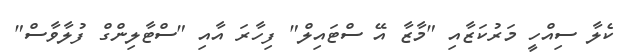
ކެލާ ސިއްހީ މަރުކަޒާއި "މާޒާ އޭ ސްޓައިލް" ފިހާރަ އާއި "ސްޓާލިންގް ފުލާވާސް"